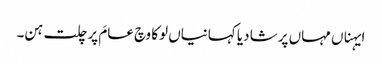
ایہناں مہاں پرشا دیا کہانیاں لوکا وچ عامَ پرچلت ہن۔